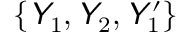
\left\lbrace \mathsfit { Y } _ { 1 } , \mathsfit { Y } _ { 2 } , \mathsfit { Y } _ { 1 } ^ { \prime } \right\rbrace